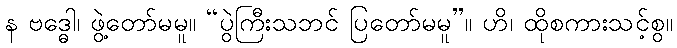
န ဗဒ္ဓေါ၊ ဖွဲ့တော်မမူ။ “ပွဲကြီးသဘင် ပြတော်မမူ”။ ဟိ၊ ထိုစကားသင့်စွ။